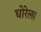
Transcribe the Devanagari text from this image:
घोरेला